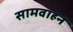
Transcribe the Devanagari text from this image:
सामवाहन